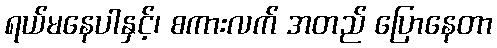
ရယ်မနေပါနှင့်၊ စကားလက် အတည် ပြောနေတာ